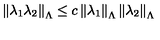
\left\| \lambda _ { 1 } \lambda _ { 2 } \right\| _ { \Lambda } \leq c \left\| \lambda _ { 1 } \right\| _ { \Lambda } \left\| \lambda _ { 2 } \right\| _ { \Lambda }